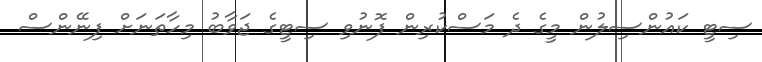
ސިޓީ ކައުންސިލުން މީގެ ދެ މަސްކުރިން ފޮނުވި ސިޓީގެ ޖަވާބު މިހާތަނަށް ފިނޭންސް